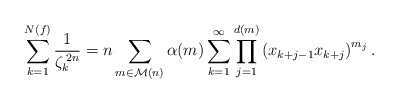
\begin{align*}\sum_{k=1}^{N(f)}\frac{1}{\zeta_{k}^{\,2n}}=n\sum_{m\in\mathcal{M}(n)}\alpha(m)\sum_{k=1}^{\infty}\prod_{j=1}^{d(m)}\left(x_{k+j-1}x_{k+j}\right)^{m_{j}}.\end{align*}